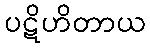
ပဋိဟိတာယ